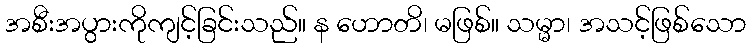
အစီးအပွားကိုကျင့်ခြင်းသည်။ န ဟောတိ၊ မဖြစ်။ သမ္မာ၊ အသင့်ဖြစ်သော